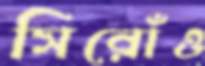
সিরোঁও